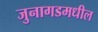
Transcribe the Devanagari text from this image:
जुनागडमधील